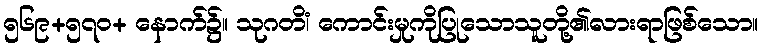
၅၆၉+၅၇၀+ နောက်၌။ သုဂတိံ၊ ကောင်းမှုကိုပြုသောသူတို့၏လားရာဖြစ်သော။